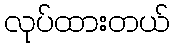
လုပ်ထားတယ်